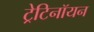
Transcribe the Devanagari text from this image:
ट्रेटिनॉयन